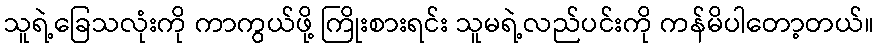
သူရဲ့ခြေသလုံးကို ကာကွယ်ဖို့ ကြိုးစားရင်း သူမရဲ့လည်ပင်းကို ကန်မိပါတော့တယ်။